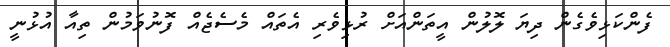
ފެންކަޅިވެގެން ދިޔަ ލޮލުން އީތަންއަށް ރުޅިވެރި އެތައް މެސެޖެއް ފޮނުވަމުން ތިއާ އުޅުނީ